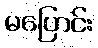
မပြောင်း